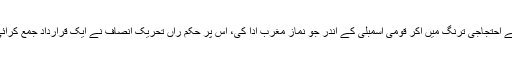
چھے مارچ 2019ء کو حزب اختلاف نے احتجاجی ترنگ میں آکر قومی اسمبلی کے اندر جو نماز مغرب ادا کی، اس پر حکم راں تحریک انصاف نے ایک قرارداد جمع کرائی کہ ’حزب اختلاف کا قبلہ درست نہ تھا۔